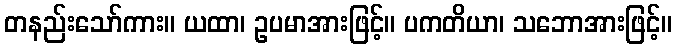
တနည်းသော်ကား။ ယထာ၊ ဥပမာအားဖြင့်။ ပကတိယာ၊ သဘောအားဖြင့်။